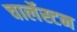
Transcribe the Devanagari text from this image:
चार्लेस्टन